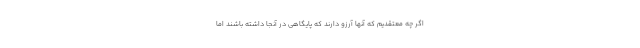
اگر چه معتقدیم که آنها آرزو دارند که پایگاهی در آنجا داشته باشند اما